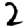
Digit: 2